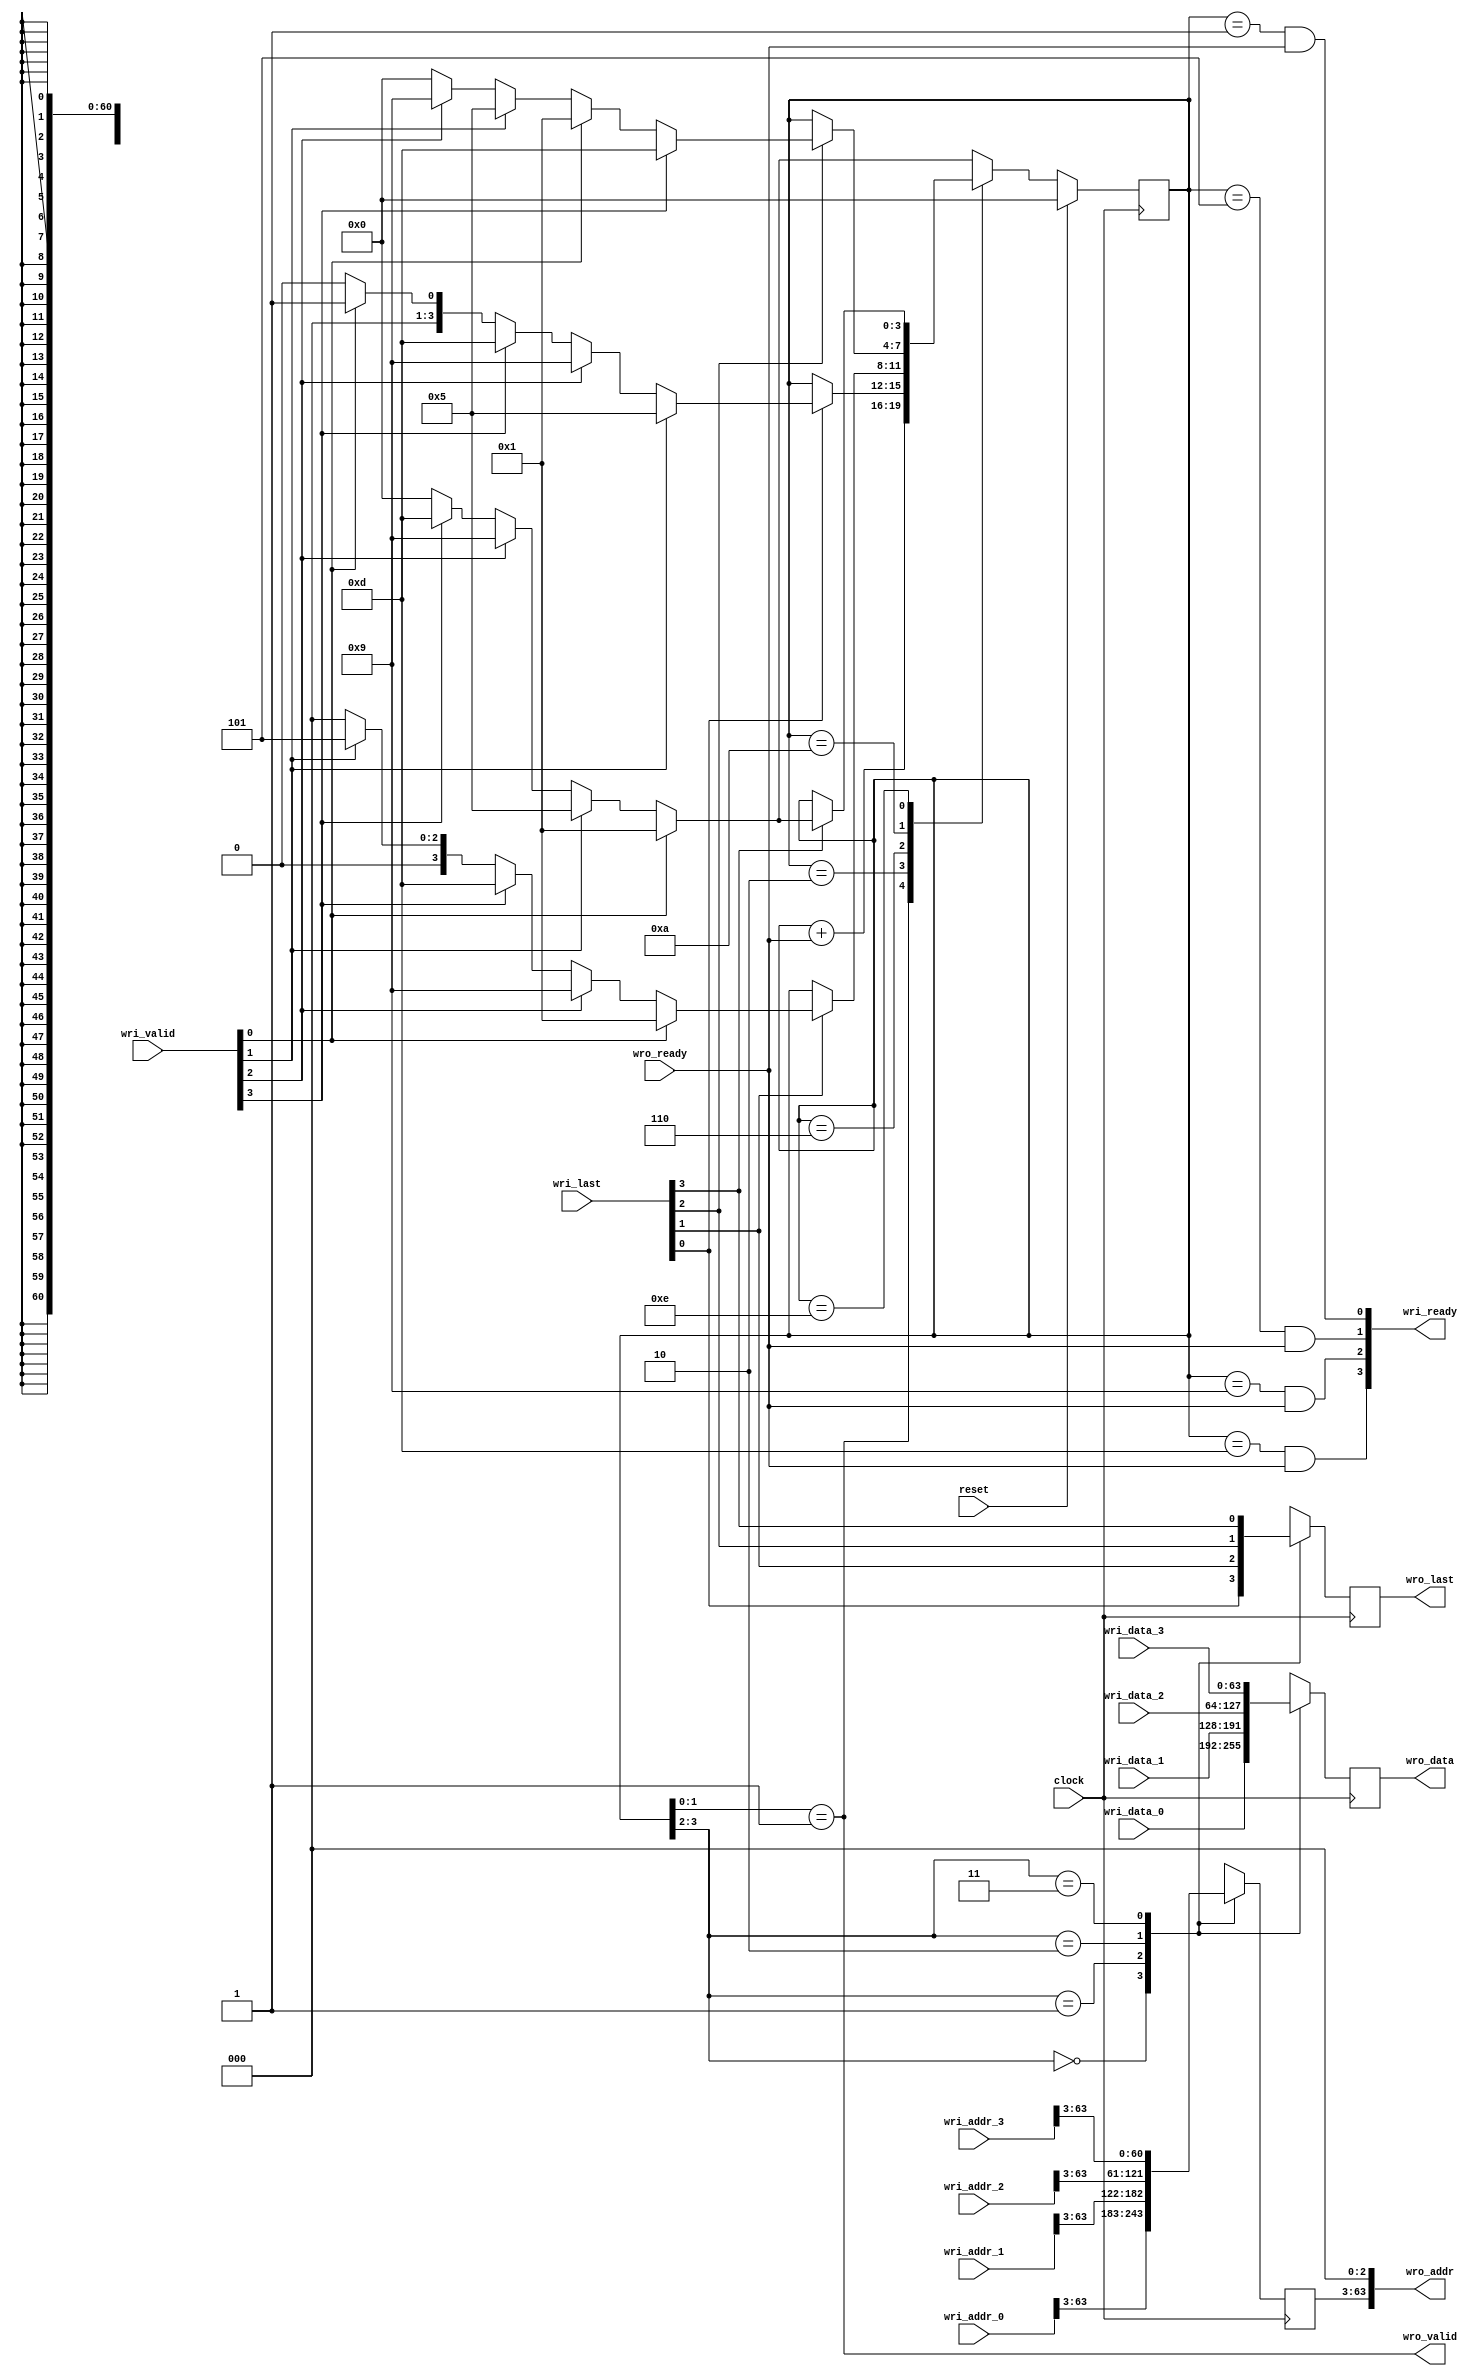
module wr_mux
  (
   input 	     clock,
   input 	     reset,
   input [3:0] 	     wri_valid,
   output [3:0]      wri_ready,
   input [3:0] 	     wri_last,
   input [63:0]      wri_addr_0,
   input [63:0]      wri_addr_1,
   input [63:0]      wri_addr_2,
   input [63:0]      wri_addr_3,
   input [63:0]      wri_data_0,
   input [63:0]      wri_data_1,
   input [63:0]      wri_data_2,
   input [63:0]      wri_data_3,
   output 	     wro_valid,
   input 	     wro_ready,
   output [63:0]     wro_addr,
   output reg [63:0] wro_data,
   output reg 	     wro_last
   );
   reg [3:0] 	     state = 0;
   reg [60:0] 	     wro_addr_s = 0;
   assign wro_addr = {wro_addr_s, 3'd0};
   assign wri_ready[0] = (state == 1) && wro_ready;
   assign wri_ready[1] = (state == 5) && wro_ready;
   assign wri_ready[2] = (state == 9) && wro_ready;
   assign wri_ready[3] = (state == 13) && wro_ready;
   assign wro_valid = (state[1:0] == 1);
   always @ (posedge clock)
     begin
	if(reset)
	  state <= 4'h0;
	else
	  begin
	     casex(state)
	       default: state <= wri_valid[0] ? 4'h1 :
				 wri_valid[1] ? 4'h5 :
				 wri_valid[2] ? 4'h9 :
				 wri_valid[3] ? 4'hD : 4'h0;
	       4'bxx01: state <= state + wro_ready;
	       4'h2: state <= ~wri_last[0] ? state :
			      wri_valid[1] ? 4'h5 :
			      wri_valid[2] ? 4'h9 :
			      wri_valid[3] ? 4'hD :
			      wri_valid[0] ? 4'h1 : 4'h0;
	       4'h6: state <= ~wri_last[1] ? state :
			      wri_valid[0] ? 4'h1 :
			      wri_valid[2] ? 4'h9 :
			      wri_valid[3] ? 4'hD :
			      wri_valid[1] ? 4'h5 : 4'h0;
	       4'hA: state <= ~wri_last[2] ? state :
			      wri_valid[3] ? 4'hD :
			      wri_valid[0] ? 4'h1 :
			      wri_valid[1] ? 4'h5 :
			      wri_valid[2] ? 4'h9 : 4'h0;
	       4'hE: state <= ~wri_last[3] ? state :
			      wri_valid[0] ? 4'h1 :
			      wri_valid[1] ? 4'h5 :
			      wri_valid[2] ? 4'h9 :
			      wri_valid[3] ? 4'hD : 4'h0;
	     endcase
	  end
	case(state[3:2])
	  0: wro_addr_s <= wri_addr_0[63:3];
	  1: wro_addr_s <= wri_addr_1[63:3];
	  2: wro_addr_s <= wri_addr_2[63:3];
	  3: wro_addr_s <= wri_addr_3[63:3];
	endcase
	case(state[3:2])
	  0: wro_data <= wri_data_0;
	  1: wro_data <= wri_data_1;
	  2: wro_data <= wri_data_2;
	  3: wro_data <= wri_data_3;
	endcase
	case(state[3:2])
	  0: wro_last <= wri_last[0];
	  1: wro_last <= wri_last[1];
	  2: wro_last <= wri_last[2];
	  3: wro_last <= wri_last[3];
	endcase
     end
endmodule